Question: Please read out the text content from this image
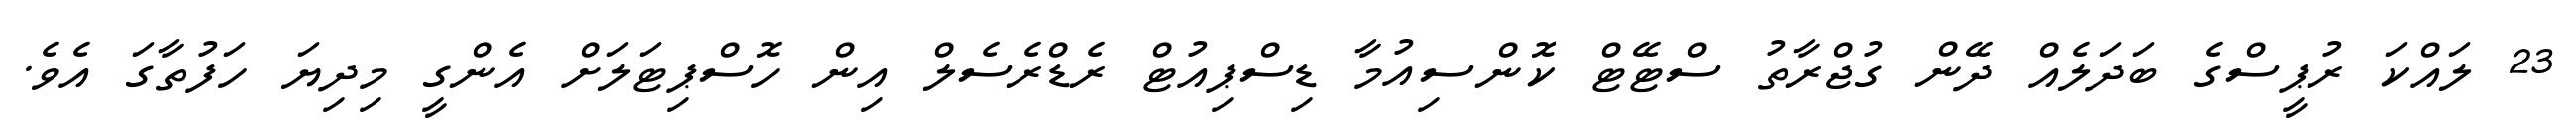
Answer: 23 ލައްކަ ރުޕީސްގެ ބަދަލެއް ދޭން ގުޖްރާތު ސްޓޭޓް ކޮންސިއުމާ ޑިސްޕިއުޓް ރެޑްރެސެލް އިން ހޮސްޕިޓަލަށް އެންގީ މިދިޔަ ހަފުތާގަ އެވެ.